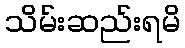
သိမ်းဆည်းရမိ